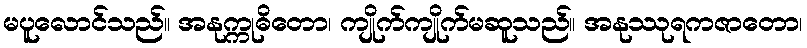
မပူလောင်သည်။ အနုက္ကုဓိတော၊ ကျိုက်ကျိုက်မဆူသည်။ အနုဿုရကဇာတော၊